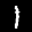
Label: 1